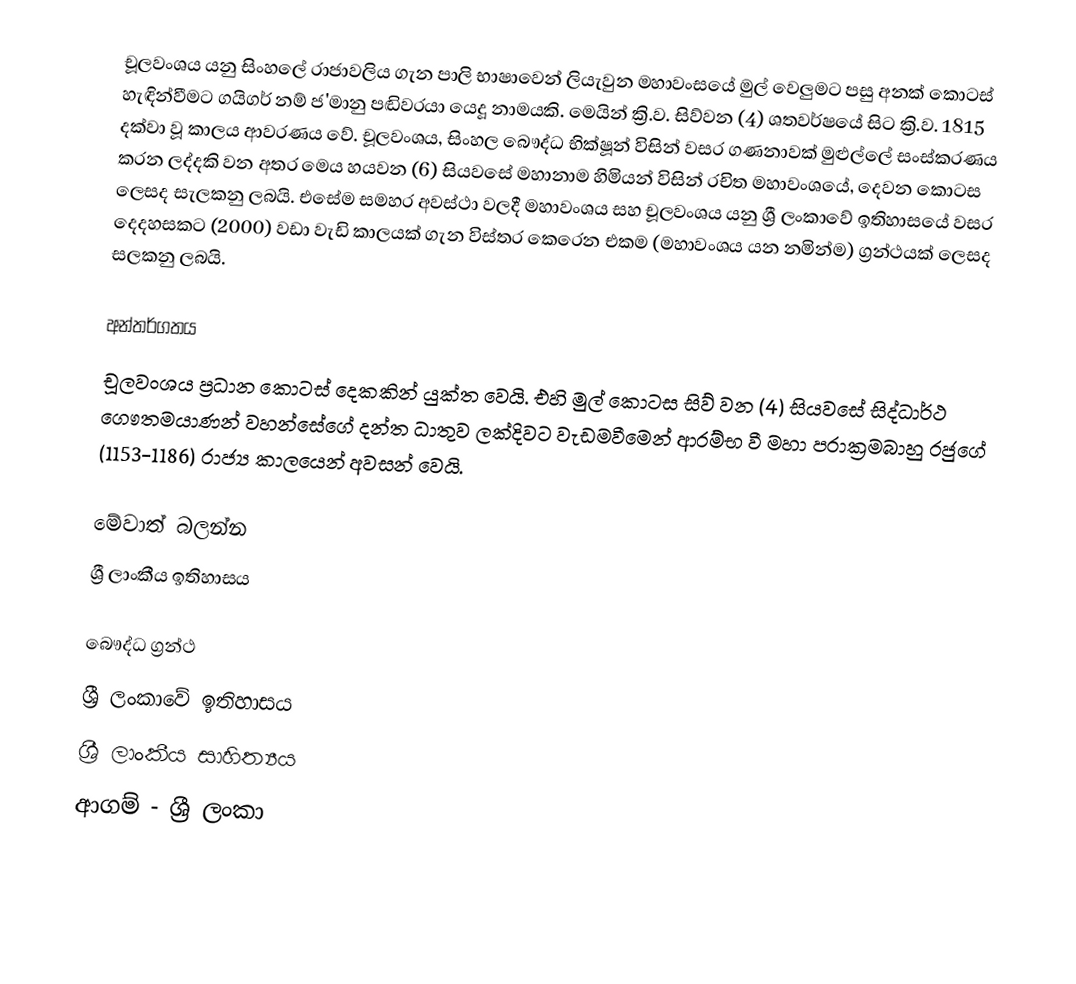
චූලවංශය යනු සිංහලේ රාජාවලිය ගැන පාලි භාෂාවෙන් ලියැවුන මහාවංසයේ මුල් වෙලුමට පසු අනක් කොටස් හැඳින්වීම‍ට ගයිගර් නම් ජ'මානු පඬිවරයා යෙදූ නාමයකි. මෙයින්  ක්‍රි.ව. සිව්වන (4) ශතවර්ෂයේ සිට ක්‍රි.ව. 1815 දක්වා වූ කාලය ආවරණය වේ. චූලවංශය, සිංහල බෞද්ධ භික්ෂූන් විසින් වසර ගණනාවක් මුළුල්ලේ සංස්කරණය කරන ලද්දකි වන අතර මෙය හයවන (6) සියවසේ මහානාම හිමියන් විසින් රචිත  මහාවංශයේ, දෙවන කොටස ලෙසද සැලකනු ලබයි. එසේම සමහර අවස්ථා වලදී මහාවංශය සහ චූලවංශය යනු ශ්‍රී ලංකාවේ ඉතිහාසයේ වසර දෙදහසකට (2000) වඩා වැඩි කාලයක් ගැන විස්තර කෙරෙන එකම (මහාවංශය යන නමින්ම) ග්‍රන්ථයක් ලෙසද සලකනු ලබයි.

අන්තර්ගතය
චූලවංශය ප්‍රධාන කොටස් දෙකකින් යුක්ත වෙයි. එහි මුල් කොටස සිව් වන (4) සියවසේ සිද්ධාර්ථ ගෞතමයාණන් වහන්සේගේ දන්ත ධාතුව ලක්දිවට වැඩමවීමෙන් ආරම්භ වී මහා පරාක්‍රමබාහු රජුගේ (1153-1186) රාජ්‍ය කාලයෙන් අවසන් වෙයි.

මේවාත් බලන්න
 ශ්‍රී ලාංකීය ඉතිහාසය

බෞද්ධ ග්‍රන්ථ
ශ්‍රී ලංකාවේ ඉතිහාසය
ශ්‍රී ලාංකීය සාහිත්‍යය
ආගම් - ශ්‍රී ලංකා